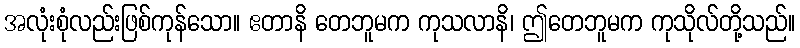
အလုံးစုံလည်းဖြစ်ကုန်သော။ ဧတာနိ တေဘူမက ကုသလာနိ၊ ဤတေဘူမက ကုသိုလ်တို့သည်။